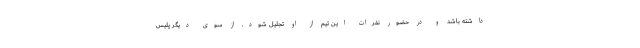
داشته باشد و در حضور نفرات این تیم از او تجلیل شود. از سوی دیگر پلیس